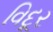
વિદૂર